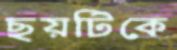
ছয়টিকে